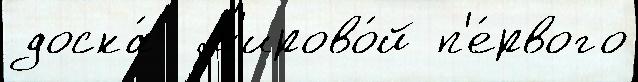
доска́  м'ирово́й п'е́рвого